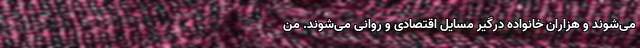
می‌شوند و هزاران خانواده‌ درگیر مسایل اقتصادی و روانی می‌شوند. من